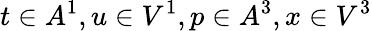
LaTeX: t\in A^{1},u\in V^{1},p\in A^{3},x\in V^{3}